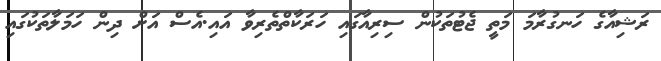
ރަޝިއާގެ ހަނގުރާމަ މަތީ ޖެޓުތަކުން ސިރިއާގައި ހަރަކާތްތެރިވާ އައި.އެސް އަށް ދިން ހަމަލާތަކުގައި